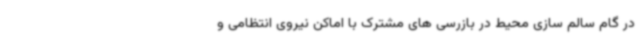
در گام سالم سازی محیط در بازرسی های مشترک با اماکن نیروی انتظامی و